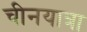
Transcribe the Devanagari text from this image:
चीनयात्रा